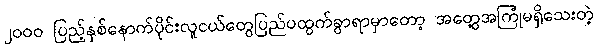
၂၀၀၀ ပြည့်နှစ်နောက်ပိုင်းလူငယ်တွေပြည်ပထွက်ခွာရာမှာတော့ အတွေ့အကြုံမရှိသေးတဲ့